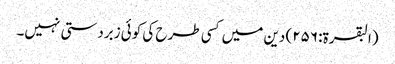
(البقرۃ: ۲۵۶) دین میں کسی طرح کی کوئی زبردستی نہیں۔